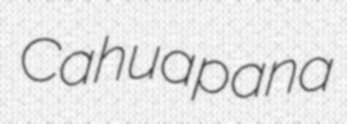
Cahuapana